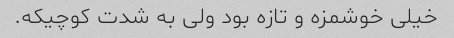
خیلی خوشمزه و تازه بود ولی به شدت کوچیکه.